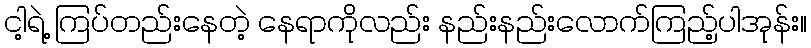
ငါ့ရဲ့ ကြပ်တည်းနေတဲ့ နေရာကိုလည်း နည်းနည်းလောက်ကြည့်ပါအုန်း။